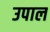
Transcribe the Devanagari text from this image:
उपाल